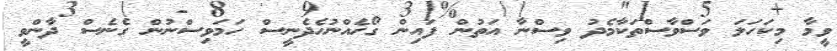
ވީމާ މިކަހަލަ ވަސްވާސްތަކާމެދު ވިސްނާ އަތުން ފައިން ގޯހެއްނުހެދެނީސް ހަމަވިސްނުން ގެނެސް ދާންވީ